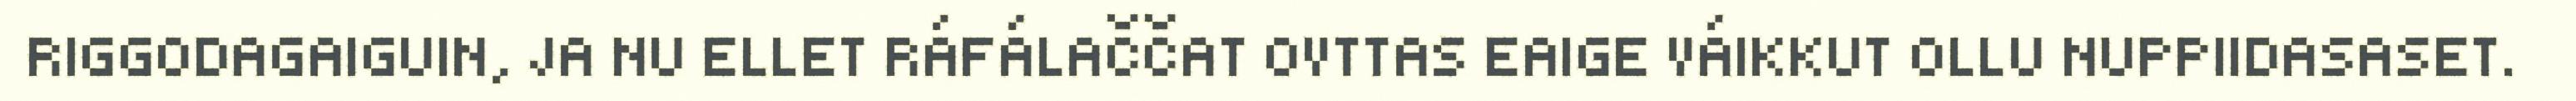
RIGGODAGAIGUIN, JA NU ELLET RÁFÁLAČČAT OVTTAS EAIGE VÁIKKUT OLLU NUPPIIDASASET.